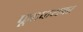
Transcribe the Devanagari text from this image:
फूटपाथवर